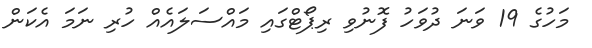
މަހުގެ 19 ވަނަ ދުވަހު ފޮނުވި ރިޕޯޓްގައި މައްސަލައެއް ހުރި ނަމަ އެކަން